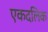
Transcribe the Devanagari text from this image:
एकदलिक